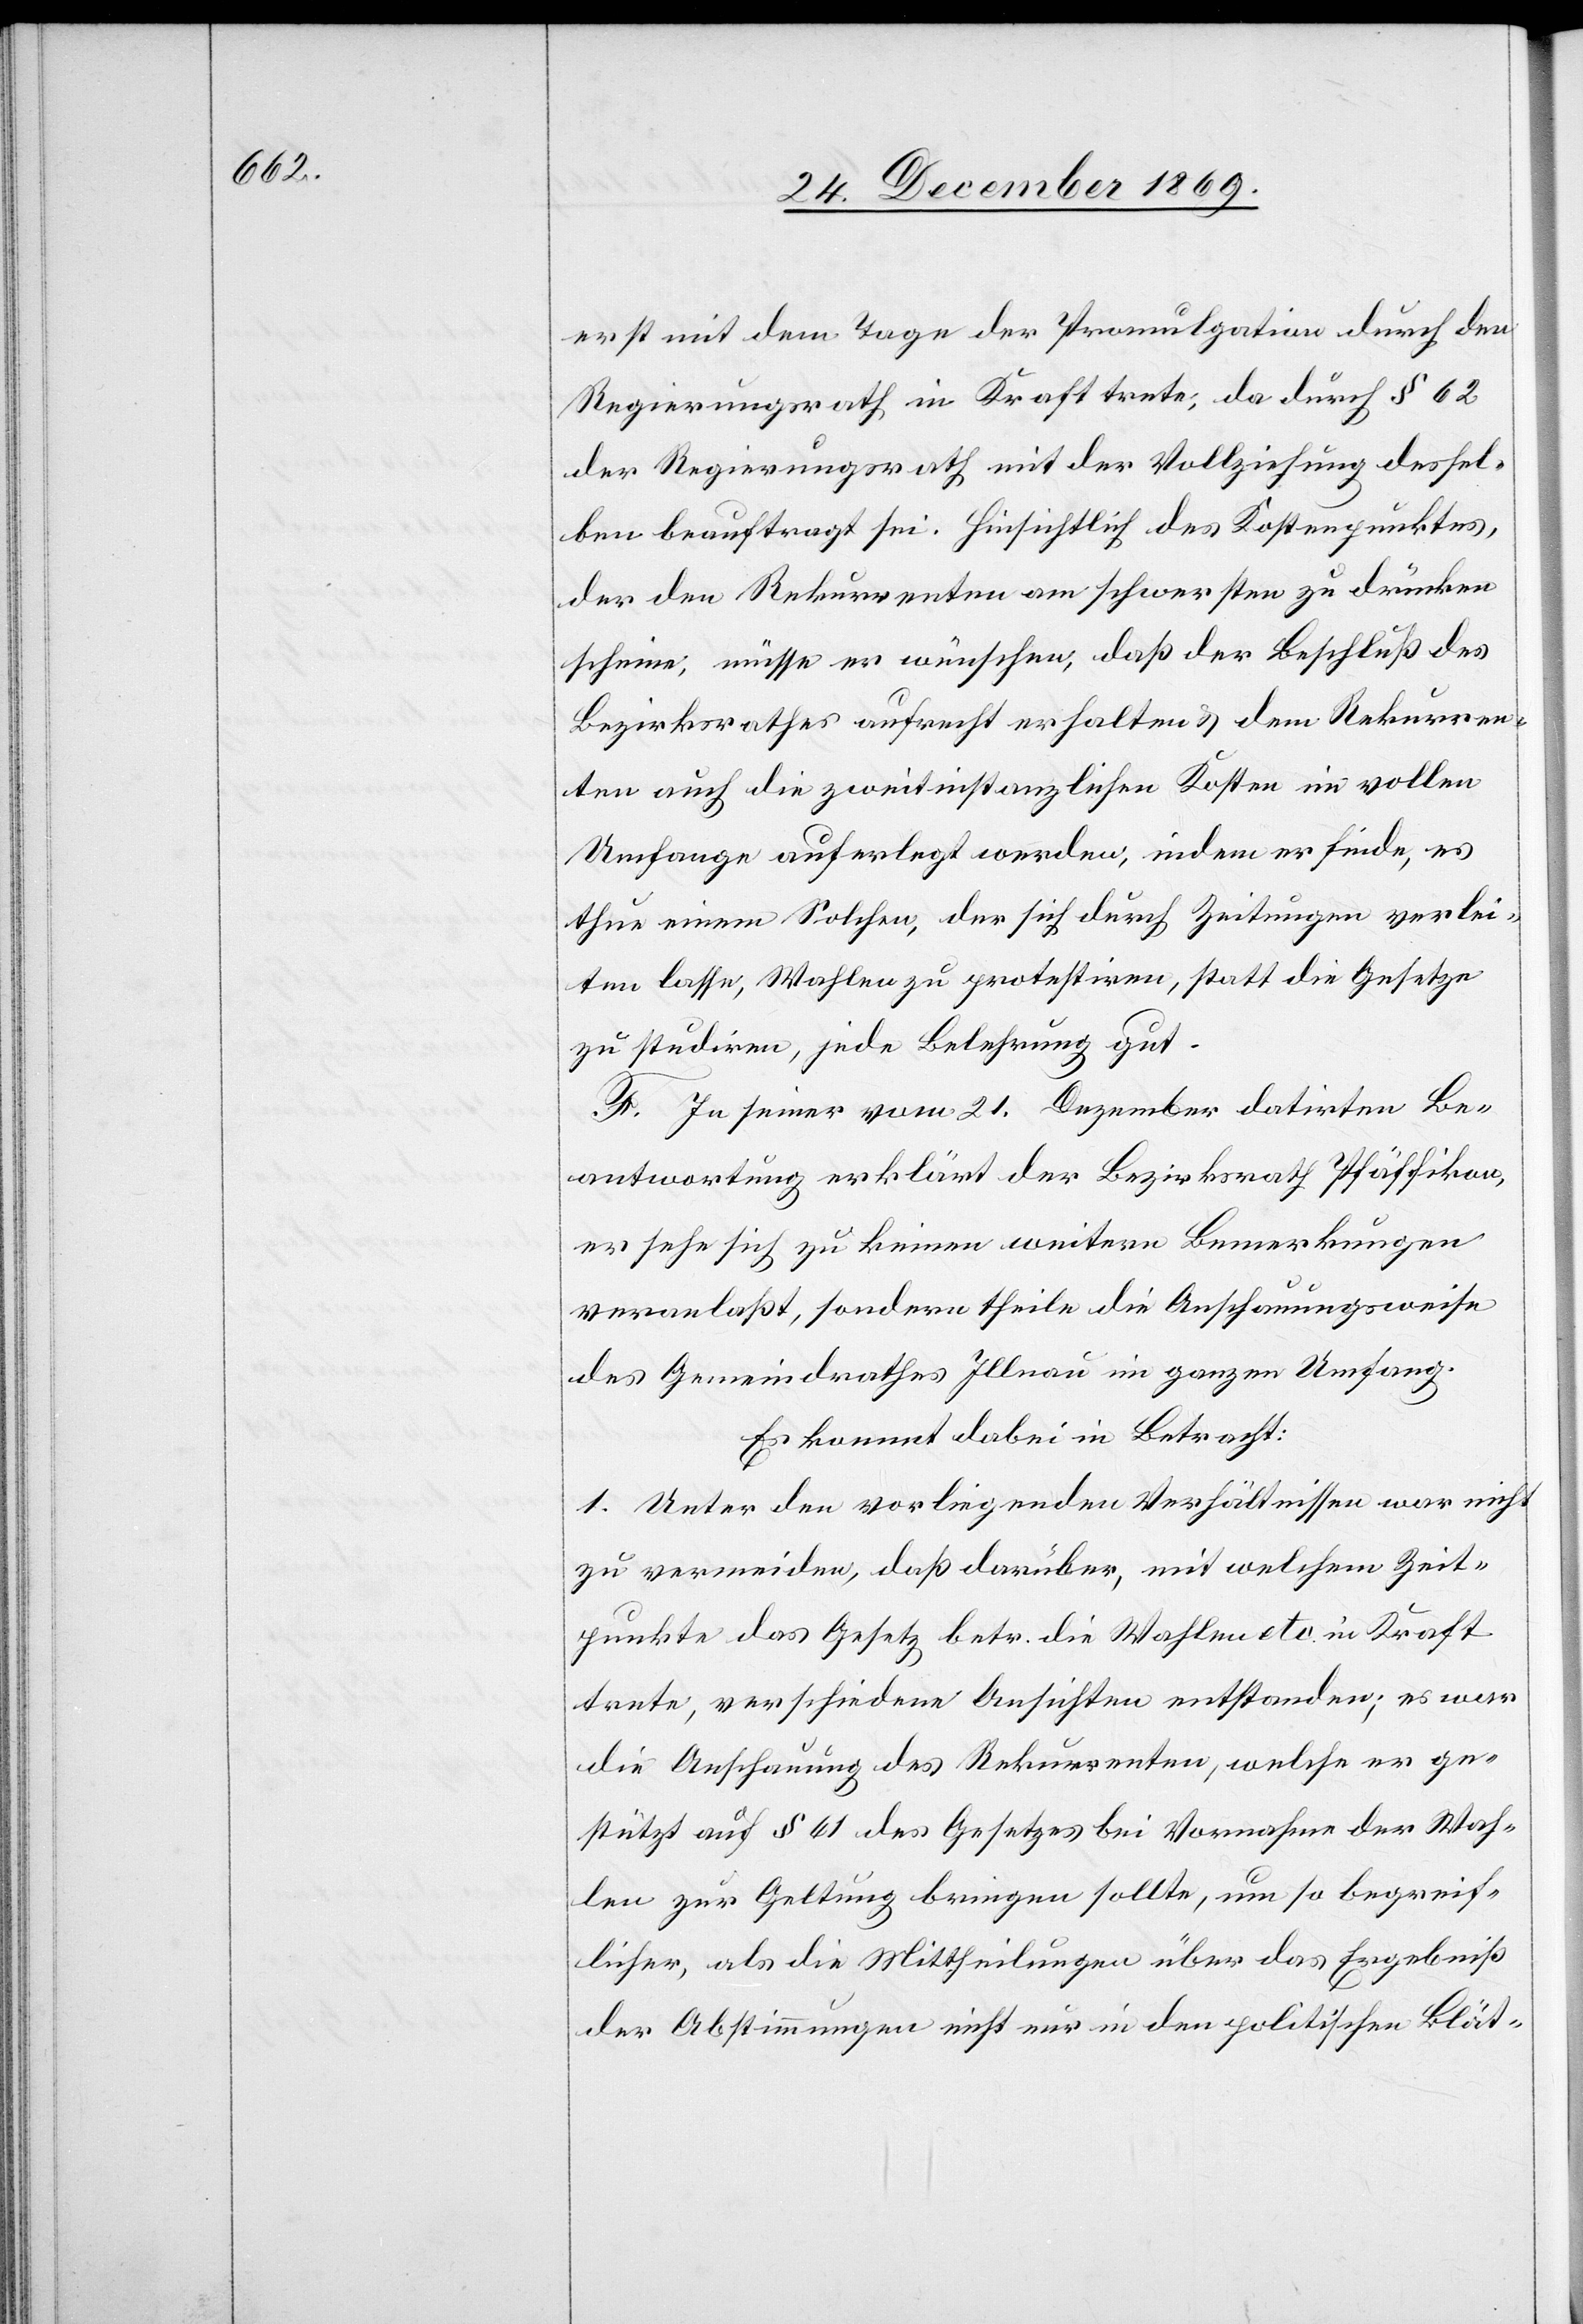
erst mit dem Tage der Promulgation durch den
Regierungsrath in Kraft trete, da durch § 62
der Regierungsrath mit der Vollziehung dessel¬
ben beauftragt sei. Hinsichtlich des Kostenpunktes,
der den Rekurrenten am schwersten zu drücken
scheine, müsse er wünschen, daß der Beschluß des
Bezirksrathes aufrecht erhalten & dem Rekurren¬
ten auch die zweitinstanzlichen Kosten im vollen
Umfange auferlegt werden, indem er finde, es
thue einem Solchen, der sich durch Zeitungen verlei¬
ten lasse, Wahlen zu protestiren, statt die Gesetze
zu studiren, jede Belehrung gut.
F. In seiner vom 21. Dezember datirten Be¬
antwortung erklärt der Bezirksrath Pfäffikon,
er sehe sich zu keinen weitern Bemerkungen
veranlaßt, sondern theile die Anschauungsweise
des Gemeindrathes Illnau im ganzen Umfang.
Es kommt dabei in Betracht:
1. Unter den vorliegenden Verhältnissen war nicht
zu vermeiden, daß darüber, mit welchem Zeit¬
punkte das Gesetz betr. die Wahlen etc. in Kraft
trete, verschiedene Ansichten entstanden; es war
die Anschauung des Rekurrenten, welche er ge¬
stützt auf § 61 des Gesetzes bei Vornahme der Wah¬
len zur Geltung bringen sollte, um so begreif¬
licher, als die Mittheilungen über das Ergebniß
der Abstimmungen nicht nur in den politischen Blät-